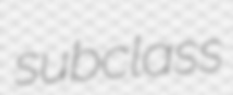
subclass